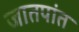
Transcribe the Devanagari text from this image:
जातपांत